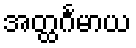
အတ္ထင်္ဂမာယ